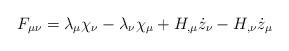
LaTeX: \begin{align*}F_{\mu\nu} = \lambda_{\mu} \chi_{\nu} - \lambda_{\nu} \chi_{\mu}+ H_{,\mu} \dot{z}_{\nu} - H_{,\nu} \dot{z}_{\mu}\end{align*}